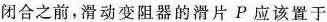
闭合之前，滑动变阻器的滑片P应该置于